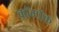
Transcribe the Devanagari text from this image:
कॉम्पॅक